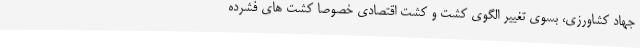
جهاد کشاورزی، بسوی تغییر الگوی کشت و کشت اقتصادی خصوصا کشت های فشرده